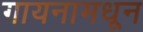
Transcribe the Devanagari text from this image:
गायनामधून